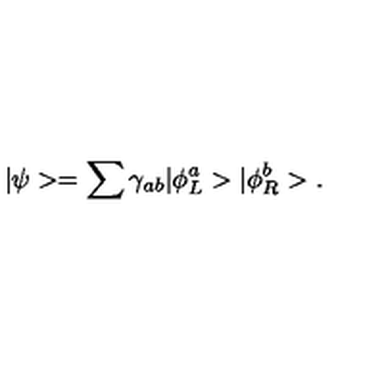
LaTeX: | \psi > = \sum \gamma _ { a b } { } | \phi _ { L } ^ { a } > | \phi _ { R } ^ { b } > .